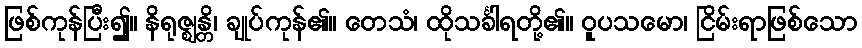
ဖြစ်ကုန်ပြီး၍။ နိရုဇ္ဈန္တိ၊ ချုပ်ကုန်၏။ တေသံ၊ ထိုသင်္ခါရတို့၏။ ဝူပသမော၊ ငြိမ်းရာဖြစ်သော